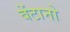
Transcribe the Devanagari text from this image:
बेंटानो